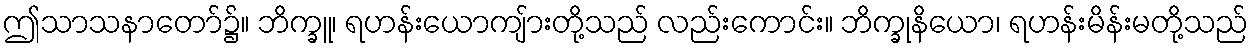
ဤသာသနာတော်၌။ ဘိက္ခူ၊ ရဟန်းယောကျ်ားတို့သည် လည်းကောင်း။ ဘိက္ခုနိယော၊ ရဟန်းမိန်းမတို့သည်